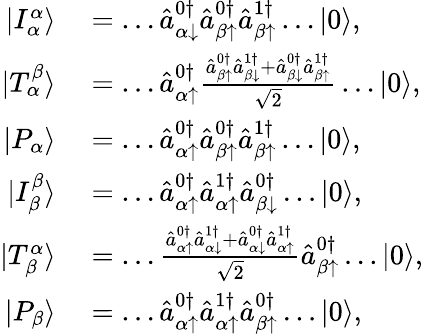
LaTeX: \begin{array}{rl}{|I_{\alpha}^{\alpha}\rangle}&{{}=\dots\hat{a}_{\alpha\downarrow}^{0\dagger}\hat{a}_{\beta\uparrow}^{0\dagger}\hat{a}_{\beta\uparrow}^{1\dagger}\dots|0\rangle,}\\ {|T_{\alpha}^{\beta}\rangle}&{{}=\dots\hat{a}_{\alpha\uparrow}^{0\dagger}\frac{\hat{a}_{\beta\uparrow}^{0\dagger}\hat{a}_{\beta\downarrow}^{1\dagger}+\hat{a}_{\beta\downarrow}^{0\dagger}\hat{a}_{\beta\uparrow}^{1\dagger}}{\sqrt{2}}\dots|0\rangle,}\\ {|P_{\alpha}\rangle}&{{}=\dots\hat{a}_{\alpha\uparrow}^{0\dagger}\hat{a}_{\beta\uparrow}^{0\dagger}\hat{a}_{\beta\uparrow}^{1\dagger}\dots|0\rangle,}\\ {|I_{\beta}^{\beta}\rangle}&{{}=\dots\hat{a}_{\alpha\uparrow}^{0\dagger}\hat{a}_{\alpha\uparrow}^{1\dagger}\hat{a}_{\beta\downarrow}^{0\dagger}\dots|0\rangle,}\\ {|T_{\beta}^{\alpha}\rangle}&{{}=\dots\frac{\hat{a}_{\alpha\uparrow}^{0\dagger}\hat{a}_{\alpha\downarrow}^{1\dagger}+\hat{a}_{\alpha\downarrow}^{0\dagger}\hat{a}_{\alpha\uparrow}^{1\dagger}}{\sqrt{2}}\hat{a}_{\beta\uparrow}^{0\dagger}\dots|0\rangle,}\\ {|P_{\beta}\rangle}&{{}=\dots\hat{a}_{\alpha\uparrow}^{0\dagger}\hat{a}_{\alpha\uparrow}^{1\dagger}\hat{a}_{\beta\uparrow}^{0\dagger}\dots|0\rangle,}\end{array}